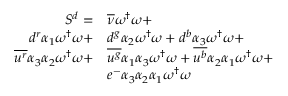
\begin{array} { r l } { S ^ { d } = } & { { \overline { { \nu } } } \omega ^ { \dagger } \omega + } \\ { { d } ^ { r } { \alpha _ { 1 } } \omega ^ { \dagger } \omega + } & { { d } ^ { g } { \alpha _ { 2 } } \omega ^ { \dagger } \omega + { d } ^ { b } { \alpha _ { 3 } } \omega ^ { \dagger } \omega + } \\ { \overline { { u ^ { r } } } { \alpha _ { 3 } } { \alpha _ { 2 } } \omega ^ { \dagger } \omega + } & { \overline { { u ^ { g } } } { \alpha _ { 1 } } { \alpha _ { 3 } } \omega ^ { \dagger } \omega + \overline { { u ^ { b } } } { \alpha _ { 2 } } { \alpha _ { 1 } } \omega ^ { \dagger } \omega + } \\ & { e ^ { - } { \alpha _ { 3 } } { \alpha _ { 2 } } { \alpha _ { 1 } } \omega ^ { \dagger } \omega } \end{array}